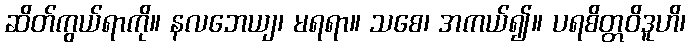
ဆိတ်ကွယ်ရာကို။ နလဘေယျ၊ မရရာ။ သစေ၊ အကယ်၍။ ပရစိတ္တဝိဒူဟိ၊